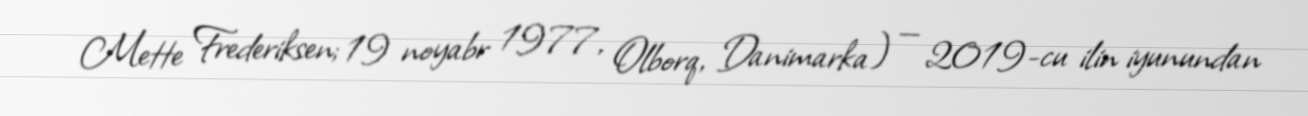
Mette Frederiksen; 19 noyabr 1977, Olborq, Danimarka) — 2019-cu ilin iyunundan